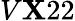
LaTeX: V\mathbf{X}22